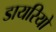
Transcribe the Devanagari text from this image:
डायरियो